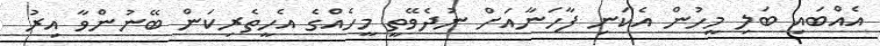
އެއްބައި ބަލި މީހުން އެކަނި ފާހަނާއަށް ނުދެވޭތީ މީހެއްގެ އެހީތެރިކަން ބޭނުންވާ އިރު